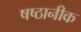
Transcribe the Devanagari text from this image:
षष्ठानीक